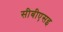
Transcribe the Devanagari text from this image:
सीबीएसइ